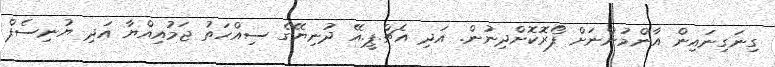
ގިނަގިނައިން އާންމުންނަށް ފޯރޮކޮށްދިނުން. އަދި އެޗް.ޕީ.އޭ ދުނިޔޭގެ ސިއްހަތު ޖަމުއިއްޔާ އަދި ޔުނިސެފް